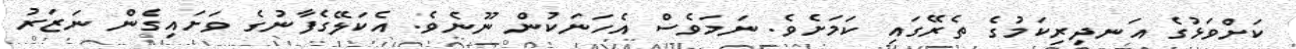
ކަށްވަޅުގެ އަނދިރިކަމުގެ ތެރޭގައި ކަމަށެވެ. ނަމަވެސް އެހަނަކުން ނޫނެވެ. އެކަލޭގެފާނުގެ ވަށައިގެން ނަޒަރު